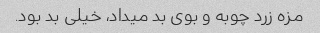
مزه زرد چوبه و بوى بد میداد، خیلى بد بود.